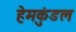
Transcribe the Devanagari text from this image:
हेमकुंडल